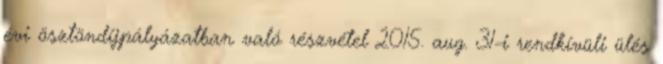
évi ösztöndíjpályázatban való részvétel 2015. aug. 31-i rendkívüli ülés